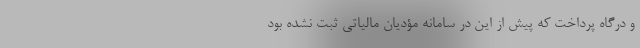
و درگاه پرداخت که پیش از این در سامانه مؤدیان مالیاتی ثبت نشده بود